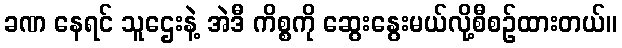
ခဏ နေရင် သူဌေးနဲ့ အဲဒီ ကိစ္စကို ဆွေးနွေးမယ်လို့စီစဉ်ထားတယ်။